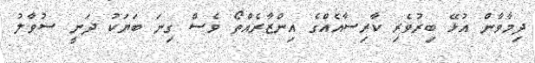
ދިމާވާން އުޅޭ ބިރުވެރި ކާރިސާއެއްގެ އިންޒާރެއްތޯ ވެސް ގިނަ ބަޔަކު ދަނީ ސުވާލު